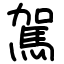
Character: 駕